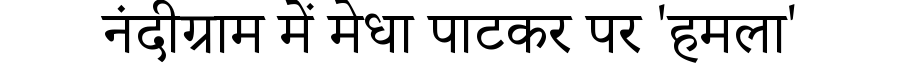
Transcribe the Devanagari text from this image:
नंदीग्राम में मेधा पाटकर पर 'हमला'